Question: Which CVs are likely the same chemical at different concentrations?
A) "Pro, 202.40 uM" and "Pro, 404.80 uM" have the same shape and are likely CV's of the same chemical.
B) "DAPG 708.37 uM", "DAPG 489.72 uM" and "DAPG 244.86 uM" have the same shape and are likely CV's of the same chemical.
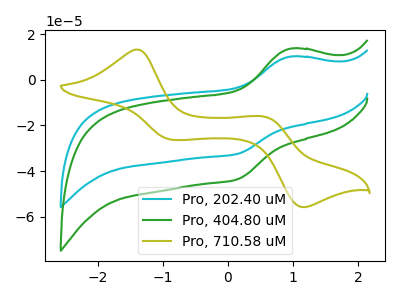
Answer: <think>The cyan curve "Pro, 202.40 uM" has an anodic peak at (0.95V, 10.20uA) and a cathodic peak at (0.15V, -32.35uA). The green curve "Pro, 404.80 uM" has an anodic peak at (0.95V, 13.70uA) and a cathodic peak at (0.15V, -43.45uA). The olive curve "Pro, 710.58 uM" has anodic peaks at (-1.40V, 13.30uA) (0.55V, -16.15uA) and cathodic peaks at (-0.85V, -26.25uA) (1.15V, -55.85uA).
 All the peaks in "Pro, 202.40 uM" have a peak in "Pro, 404.80 uM" at the same potential. Every peak in "Pro, 202.40 uM" is lower than every peak in "Pro, 404.80 uM". "Pro, 202.40 uM" and "Pro, 710.58 uM" have a different number of peaks. "Pro, 404.80 uM" and "Pro, 710.58 uM" have a different number of peaks.</think>
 <answer>A) "Pro, 202.40 uM" and "Pro, 404.80 uM" have the same shape and are likely CV's of the same chemical.</answer>
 <eval>A</eval>